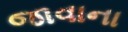
જાવાના